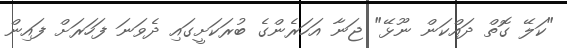
"ކަލޭ ގޮތް ދައްކަން ނޫޅޭ" ޖަނާ އަހަރެންގެ ބުރަކަށީގައި ދެވަނަ ފަހަރަށް ފައިން